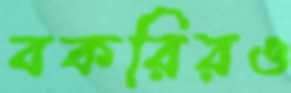
বকরিরও